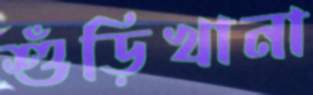
শুঁড়িখানা